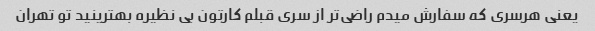
یعنی هرسری که سفارش میدم راضی‌تر از سری قبلم کارتون بی نظیره بهترینید تو تهران